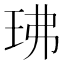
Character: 𤤖